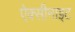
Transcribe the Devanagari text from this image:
ऐक्सीनाइट